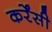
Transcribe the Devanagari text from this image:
कर्रेंसी